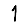
Digit: 1